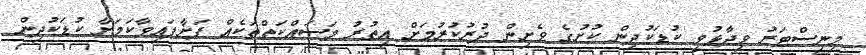
މިނިސްޓަރު ވިދާޅުވީ ކުޑަކުދިން ކުށުގެ ވެށިން ދުރުކުރުމަށް އިތުރު މަސައްކަތްތަކެއް ފަށާފައިވާކަމަށާ ކުޑަކުދިން